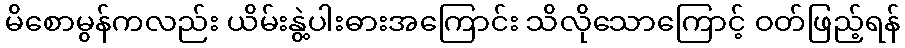
မိစောမွန်ကလည်း ယိမ်းနွဲ့ပါးဓားအကြောင်း သိလိုသောကြောင့် ဝတ်ဖြည့်ရန်